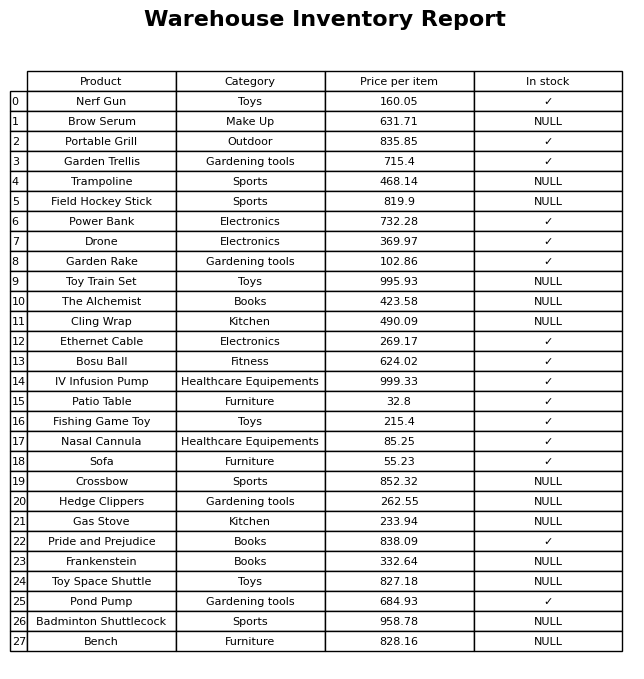
question: What is the price for Nasal Cannula?
answer: The price of Nasal Cannula is 85.25.